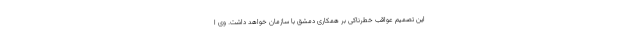
این تصمیم عواقب خطرناکی بر همکاری دمشق با سازمان خواهد داشت. وی ا